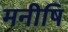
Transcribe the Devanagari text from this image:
मनीषि